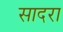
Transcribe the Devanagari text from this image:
सादरा